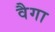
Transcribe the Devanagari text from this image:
वैगा